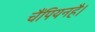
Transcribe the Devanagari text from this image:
चैंपियनहै।